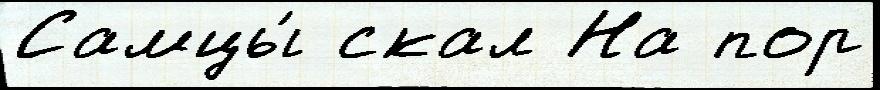
Самцы́ скал На пор